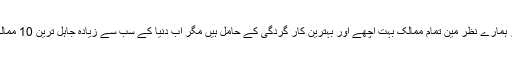
فہرست سامنے آ گئی
لاہور( ویب ڈیسک) ہم لوگوں کو دنیا دیکھے کا تو بہت شوق ہے اور ہمارے نظر مین تمام ممالک بہت اچھے اور بہترین کار گردگی کے حامل ہیں مگر اب دنیا کے سب سے زیادہ جاہل ترین 10 ممالک کے اقوام کی فہرست جاری کردی گئی جس کے مطابق جاہل …
ایشا امبانی کی شادی کے پوری دنیا میں چرچے۔